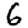
Digit: 6